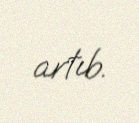
artıb.